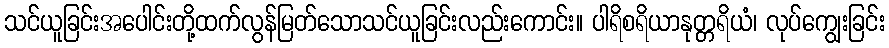
သင်ယူခြင်းအပေါင်းတို့ထက်လွန်မြတ်သောသင်ယူခြင်းလည်းကောင်း။ ပါရိစရိယာနုတ္တရိယံ၊ လုပ်ကျွေးခြင်း